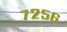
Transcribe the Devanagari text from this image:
७२५६